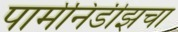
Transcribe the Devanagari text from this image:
पार्मेनिडीझचा